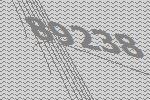
89238